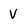
Character: V